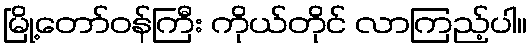
မြို့တော်ဝန်ကြီး ကိုယ်တိုင် လာကြည့်ပါ။